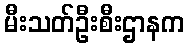
မီးသတ်ဦးစီးဌာနက